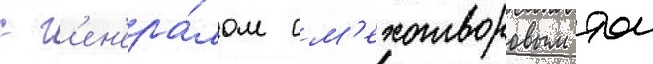
с г'ен'ера́лом см'ехотворовым тои